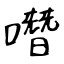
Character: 噆